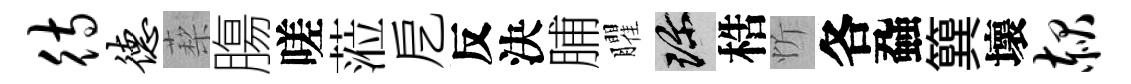
待德蔾膓嗟蒞戹反決脯臞珍梏忻各蝨簨壞赧